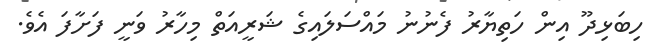
ހިބަޅިދޫ އިން ހަތިޔާރު ފެނުނު މައްސަލައިގެ ޝަރީއަތް މިހާރު ވަނީ ފަށާފަ އެވެ.